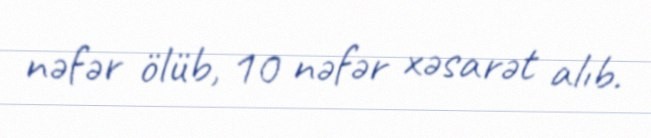
nəfər ölüb, 10 nəfər xəsarət alıb.